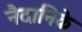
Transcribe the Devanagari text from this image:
नैदानिके